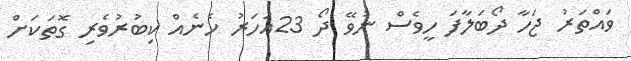
ވައްތަރު ޖަހާ ދޯބަލާފަ ހީވެސް ނުވޭ ދޯ 23އަހަރު ހެނެއް ކިބުރުވެރި ގޮތަކަށް